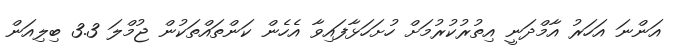
އަންނަ އަހަރު އާމްދަނީ އިތުރުކުރުމަށް ހުށަހަޅާފައިވާ އެހެން ކަންތައްތަކުން ޖުމްލަ 3.3 ބިލިއަން